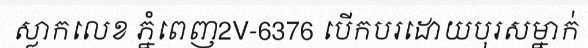
ស្លាកលេខ ភ្នំពេញ2V-6376 បើកបរដោយបុរសម្នាក់